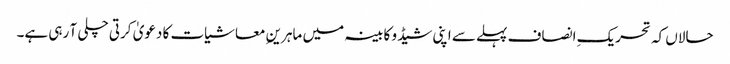
حالاں کہ تحریکِ انصاف پہلے سے اپنی شیڈو کابینہ میں ماہرینِ معاشیات کا دعویٰ کرتی چلی آ رہی ہے۔